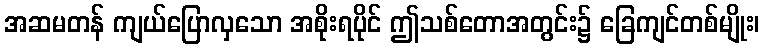
အဆမတန် ကျယ်ပြောလှသော အစိုးရပိုင် ဤသစ်တောအတွင်း၌ ခြေကျင်တစ်မျိုး၊